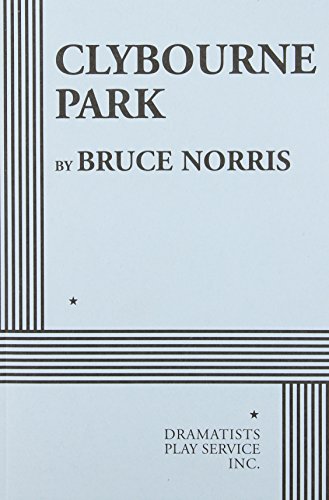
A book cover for Clybourne Park; Bruce Norris; Literature & Fiction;